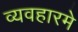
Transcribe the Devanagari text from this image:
व्यवहारमे